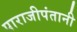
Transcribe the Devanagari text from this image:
पाराजीपंतानी